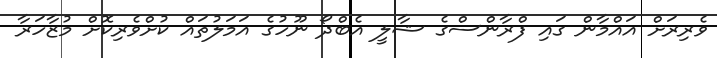
ވެރިރަށް އައްމާން ގައި ފްރާންސްގެ ޝާލީ އެބްދޯ ނޫހުގެ އަމަލުތައް ކުށްވެރިކޮށް މުޒާހަރާ